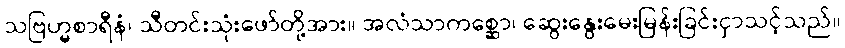
သဗြဟ္မစာရီနံ၊ သီတင်းသုံးဖော်တို့အား။ အလံသာကစ္ဆော၊ ဆွေးနွေးမေးမြန်းခြင်းငှာသင့်သည်။